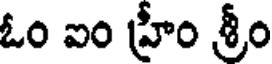
ఓం ఐం హ్రీం శ్రీం